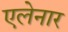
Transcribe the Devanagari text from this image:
एलेनार